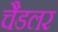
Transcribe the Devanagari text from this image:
चैडलर